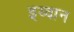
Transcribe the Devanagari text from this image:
इय्वान